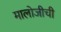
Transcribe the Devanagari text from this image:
मालोजीची